Annual report on the Civil Veterinary Department, Burma (including the Insein Veterinary School) - 1932-1941
Year: 1932
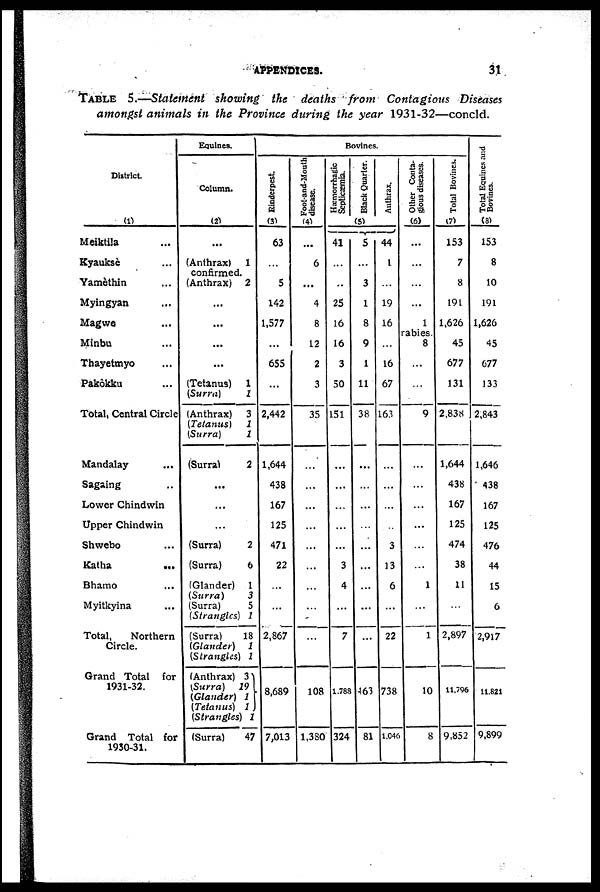
APPENDICES.
31
TABLE
5.—Statement showing the deaths from Contagious Diseases
amongst animals in the Province during the year 1931-32—concld.
District.
(1)
Meiktila ...
Kyauksè ...
Yamèthin ...
Myingyan ...
Magwe ...
Minbu
Thayetmyo ...
Pakôkku ...
Total, Central Circle
Mandalay
Sagaing ...
Lower Chindwin
Upper Chindwin
Shwebo
Katha
...
Bhamo ...
Myitkyina ...
Total,
Northern
Circle.
Grand Total for
1931-32.
Grand Total for
1930-31.
Equines.
Column.
(2)
...
(Anthrax)
1
confirmed.
(Anthrax) 2
...
...
...
...
(Tetanus) 1
(Surra)
1
(Anthrax) 3
(Tetanus)
1
(Surra)
1
(Surra)
2
...
...
(Surra)
2
(Surra)
6
(Glander) 1
(Surra)
3
(Surra)
5
(Strangles) 1
(Surra)
18
(Glander)
1
(Strangles) 1
(Anthrax) 3
(Surra)
19
(Glander) 1
(Tetanus) 1
(Strangles) 1
(Surra)
47
Bovines.
Rinderpest
(3)
63
...
5
142
1,577
...
655
...
2,442
1,644
438
167
125
471
22
...
...
2,867
8,689
7,013
Foot-and-Mouth
disease.
(4)
...
6
...
4
8
12
2
3
35
...
...
...
...
...
...
...
...
...
108
1,3S0
Hæmorrhagic
Septicæmia.
41
...
..
25
16
16
3
50
151
...
...
...
...
...
3
4
...
7
1,788
324
Black Quarter.
(5)
5
...
3
1
8
9
1
11
38
...
...
...
...
...
...
...
...
...
463
81
Anthrax.
44
1
...
19
16
...
16
67
163
...
...
...
...
3
13
6
...
22
738
1,046
Other Conta-
gious diseases.
(6)
...
...
...
...
1
rabies
8
...
...
9
...
...
...
...
...
...
1
...
1
10
8
Total Bovines.
(7)
153
7
8
191
1,626
45
677
131
2,838
1,644
438
167
125
474
38
11
...
2,897
11,796
9,852
Total Equines and
Bovines.
(8)
153
8
10
191
1,626
45
677
133
2,843
1,646
438
167
125
476
44
15
6
2,917
11,821
9,899